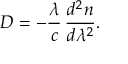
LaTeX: D = - { \frac { \lambda } { c } } \, { \frac { d ^ { 2 } n } { d \lambda ^ { 2 } } } .